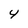
Character: 4